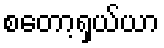
စတော့ရှယ်ယာ